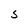
Character: s